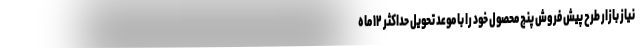
نیاز بازار طرح پیش فروش پنج محصول خود را با موعد تحویل حداکثر ۱۲ ماه